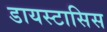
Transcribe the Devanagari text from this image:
डायस्टासिस